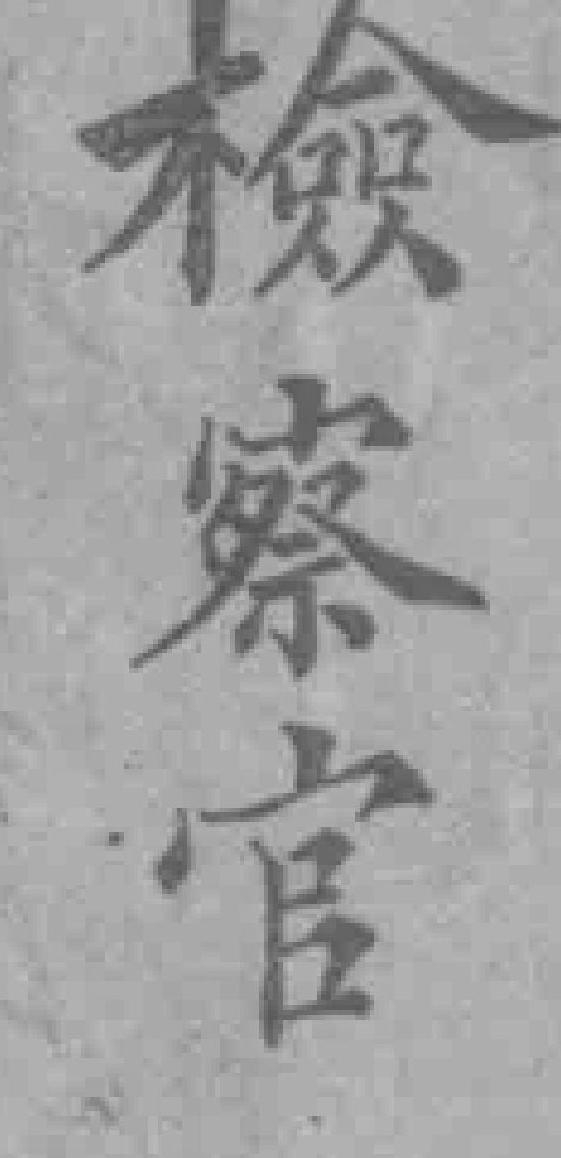
檢察官